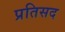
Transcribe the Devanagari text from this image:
प्रतिसद